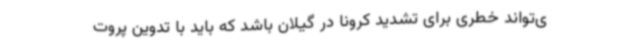
ی‌تواند خطری برای تشدید کرونا در گیلان باشد که باید با تدوین پروت